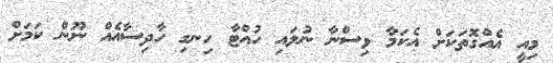
މިއީ އެއްގޮތަކަށް އެކަމާ ވިސްނާ ނުލައި ހުއްޓާ ހިނގި ހާދިސާއެއް ނޫން ކަމަށް